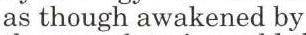
as though awakened by